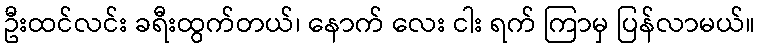
ဦးထင်လင်း ခရီးထွက်တယ်၊ နောက် လေး ငါး ရက် ကြာမှ ပြန်လာမယ်။